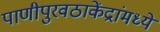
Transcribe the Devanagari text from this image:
पाणीपुरवठाकेंद्रांमध्ये